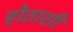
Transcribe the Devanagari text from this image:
होतासी